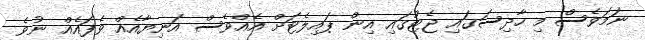
ނަމަވެސް މި ހާދިސަގައި ޖެޓުގައި އިން ޕައިލެޓަށް އެއްވެސް އަނިޔާއެއް ވެފައެއް ނުވެ